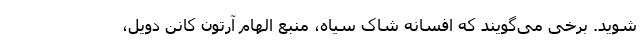
‌شوید. برخی می‌گویند که افسانه شاک سیاه، منبع الهام آرتون کانن دویل،